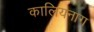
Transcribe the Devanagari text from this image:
कालियनाग